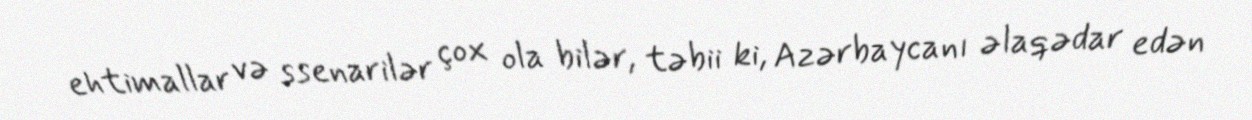
ehtimallar və ssenarilər çox ola bilər, təbii ki, Azərbaycanı əlaqədar edən